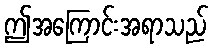
ဤအကြောင်းအရာသည်